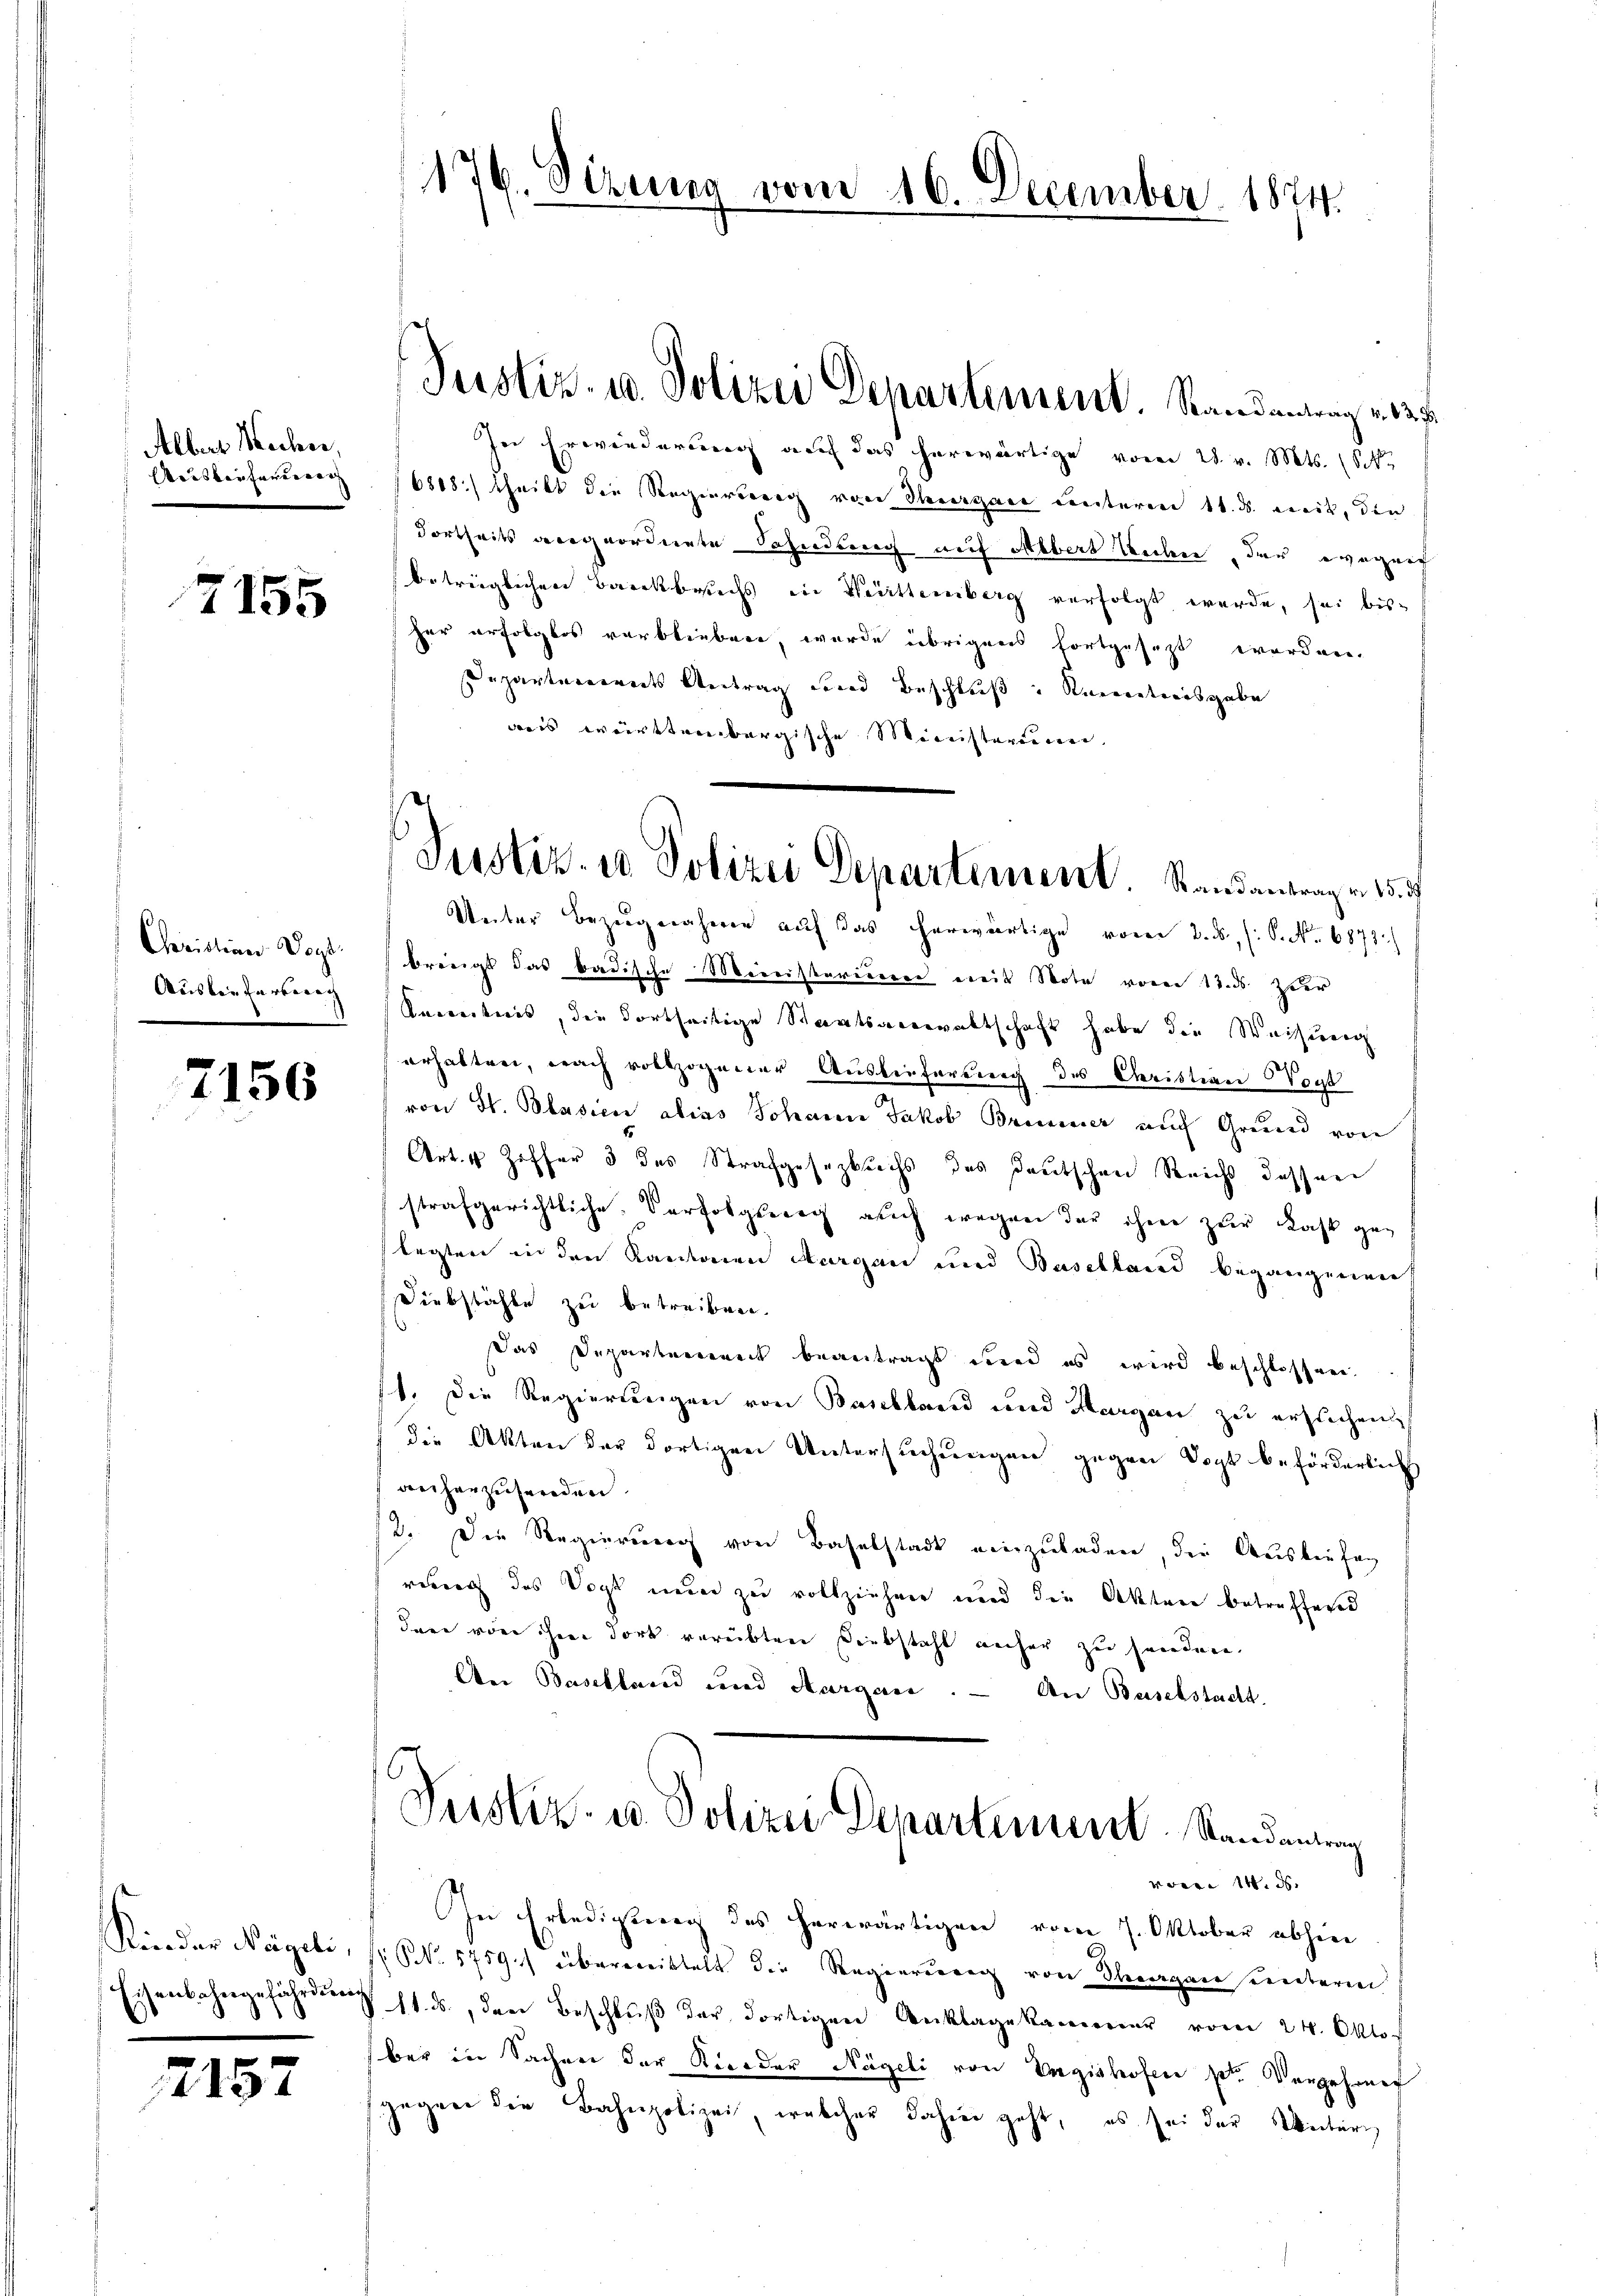
Alber Macher,
Meisten fanderar

2157

7155

Christian Vogt
Auslieferberech

7156

Kinder Nägeli.

176. Sizung vom 16. December 1874.

(Justiz- u. Polizei Departement. Standentrag v. 13. 7.

In Erwiederung auf das herwärtige vom 28. v. Mts. (Sch
6818) theilt die Regierung von Thiergane unteren 11. ds. mit, die
dortheits angeordnete Sahndung auf Albert Weiber, der engen
betrüglichen Barckbruchs in Weittemberg verfolgt werde, sei bisher erfolglos verblieben, wurde übrigens fortgesezt worden.
Departarerents Antrag und Beschluß " Recorationsgabe
wis württembergische Ministerieren.
Unter Bezugnahmen auf das herwärtige vom 2. d. 6. No. 6873.
bringt das badische Ministerieen mit Note von 13. ds der
Kenntnis, die dortseitige Staatsanwaltschaft habe die Weisung
erhalten, nach vollzogener Auslieferung des Christian Vogt
von St. Blasien alias Johann Jakob Briner auch Grund von
Art. 4 Ziffer 3 des Strafgesetzbuchs des deutschen Reicht dessen
strafgerichtliche Verfolgseig auch wegen der ihm zur Last gelegten in den Kantonen Aargau und Baselland begangenen
Diebstähle zu betreiben.
Das Departerieneck beantragt wird es wird beschlossen.
11. Die Regierungen von Baselland und Hergan zu ersuchen,
die Akten der dortigen Untersuchungen gegen Vogt beförderlich
anherzusenden.
12. Die Regierung von Baselstadt einzuladen, die Ausliefag
ruch das Vogt nun zu vollziehen und die Akten betreffend
dare von ihrer dort verübten Diebstahl anher zu handen.
An Baselland und Aargau. — An Baselstadt.
Justiz- u. Polizei Departement. Randantrag
v M. d
In Erledigung des herwärtigen vom 7. Oktober abhin
 NNo. 5759/ übermittelt die Regierung von Thurgau untere
Eisenbahngefährdung 11. ds., den Beschlŭβ der dortigen Anklage kammer vom 24. Okto
ber in Sachen der Kiceder Nägeli von Engishofen pr. Vergeheurf
gegen die Bahnpolizei, welcher dahier geht, es sei der Weiterg

Justiz- u Polizei Departement. Stand antragen 15. 3